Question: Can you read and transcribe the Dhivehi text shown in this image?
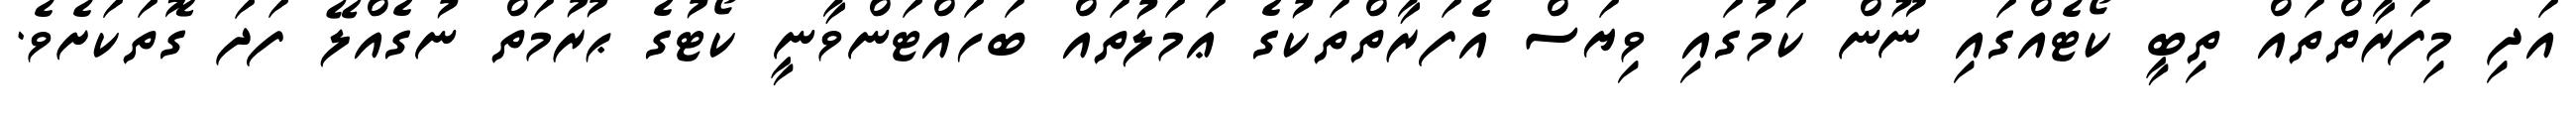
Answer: އަދި މިފަރާތްތައް ތިބީ ކޯޓެއްގައި ނޫން ކަމުގައި ވިޔަސް އެފަރާތްތަކުގެ ޢަމަލުތައް ބަހައްޓަންވާނީ ކޯޓުގެ ޙުރުމަތް ނުގެއްލޭ ފަދަ ގޮތަކަށެވެ.